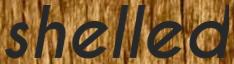
shelled